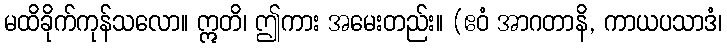
မထိခိုက်ကုန်သလော။ ဣတိ၊ ဤကား အမေးတည်း။ (ဧဝံ အာဂတာနိ, ကာယပသာဒံ၊